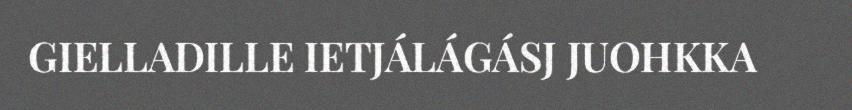
GIELLADILLE IETJÁLÁGÁSJ JUOHKKA